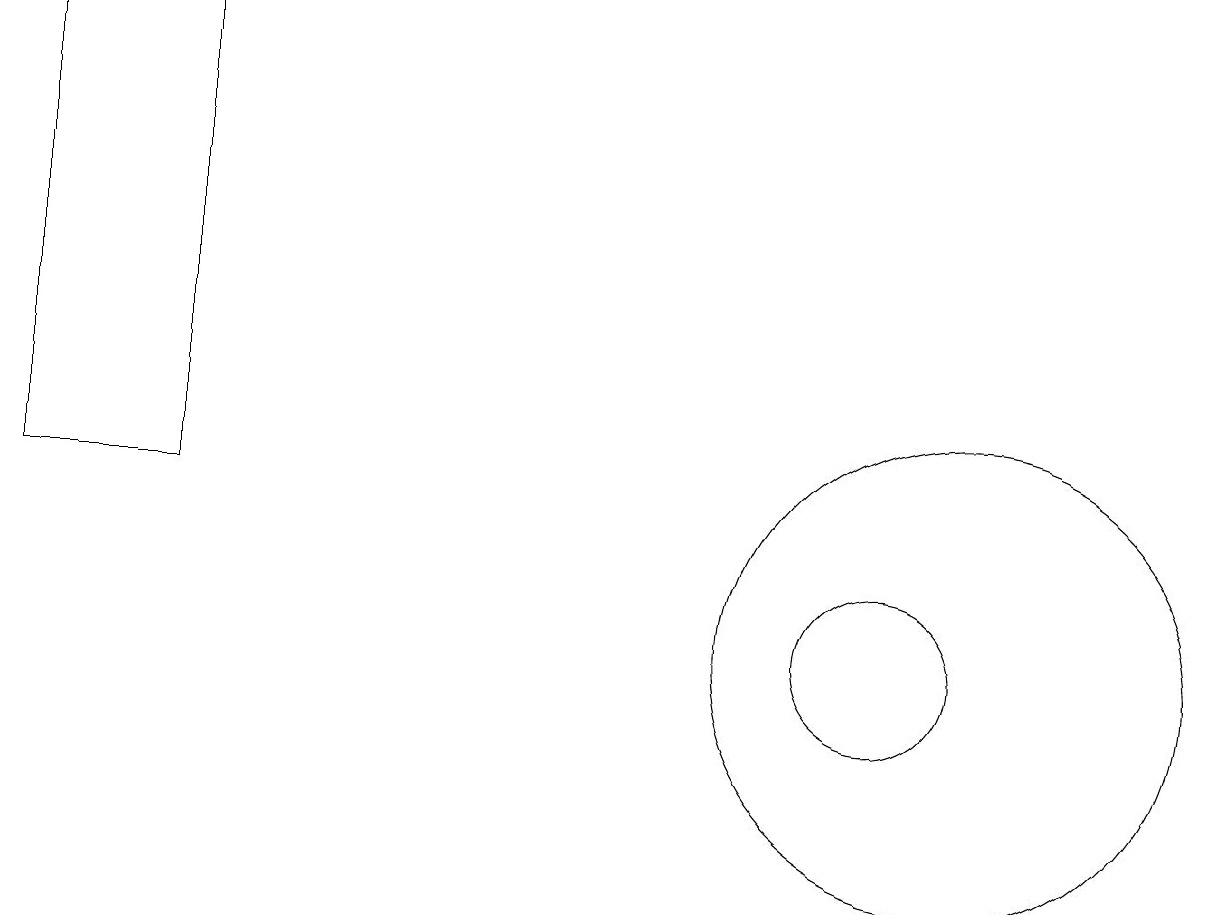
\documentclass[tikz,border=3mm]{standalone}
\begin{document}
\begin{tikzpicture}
\draw (12,11) circle (3);
\draw (11,11) circle (1);
\draw (0,19) rectangle (2,13);
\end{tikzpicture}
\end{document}